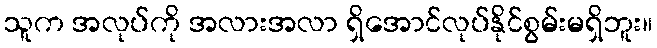
သူက အလုပ်ကို အလားအလာ ရှိအောင်လုပ်နိုင်စွမ်းမရှိဘူး။